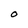
Character: O